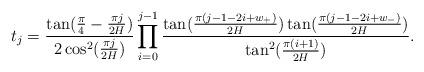
LaTeX: \begin{align*}t_{j}=\frac{\tan (\frac{\pi }{4}-\frac{\pi j}{2H})}{2\cos ^{2}(\frac{\pi j}{2H})}\prod_{i=0}^{j-1}\frac{\tan (\frac{\pi (j-1-2i+w_{+})}{2H})\tan (\frac{\pi (j-1-2i+w_{-})}{2H})}{\tan ^{2}(\frac{\pi (i+1)}{2H})}. \end{align*}